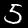
Label: 5